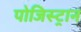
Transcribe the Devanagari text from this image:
पोजिस्ट्रान